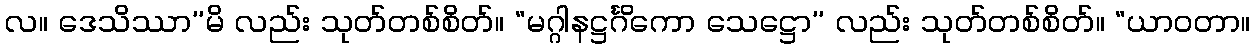
လ။ ဒေသိဿာ’’မိ လည်း သုတ်တစ်စိတ်။ “မဂ္ဂါနဋ္ဌင်္ဂိကော သေဋ္ဌော’’ လည်း သုတ်တစ်စိတ်။ “ယာဝတာ။